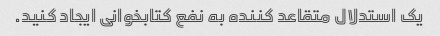
یک استدلال متقاعد کننده به نفع کتابخوانی ایجاد کنید.